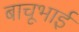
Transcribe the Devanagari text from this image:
बाचूभाई